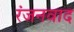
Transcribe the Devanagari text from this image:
रंजनवाद